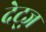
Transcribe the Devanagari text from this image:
देट्ज़